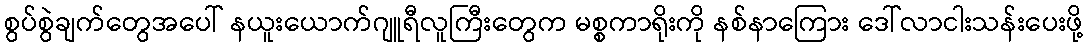
စွပ်စွဲချက်တွေအပေါ် နယူးယောက်ဂျူရီလူကြီးတွေက မစ္စကာရိုးကို နစ်နာကြေား ဒေါ်လာငါးသန်းပေးဖို့